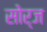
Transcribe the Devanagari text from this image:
सोर्ज